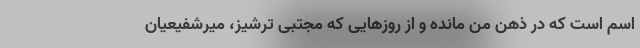
اسم است که در ذهن من مانده و از روزهایی که مجتبی ترشیز، میرشفیعیان